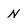
Character: N